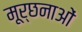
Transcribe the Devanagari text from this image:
मूर्छनाओं